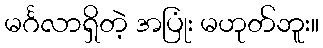
မင်္ဂလာရှိတဲ့ အပြုံး မဟုတ်ဘူး။